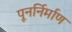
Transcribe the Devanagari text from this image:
पूनर्निर्माण